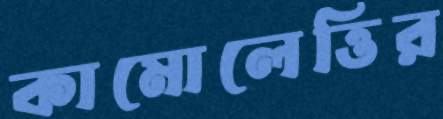
কামোলেত্তির